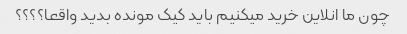
چون ما انلاین خرید میکنیم باید کیک مونده بدید واقعا؟؟؟؟